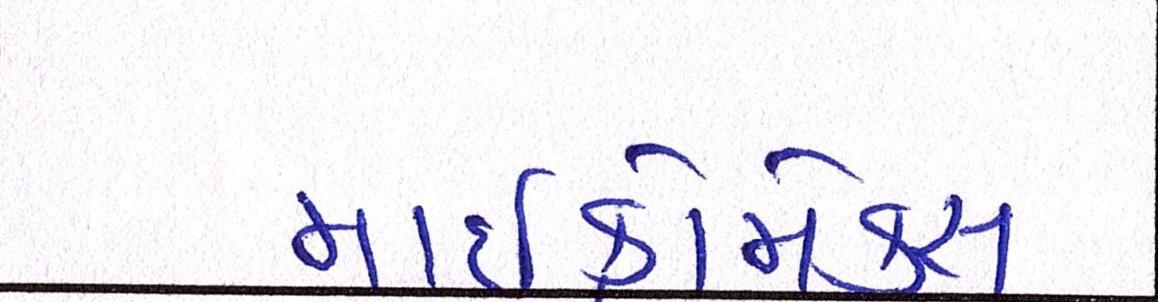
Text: માઈક્રોમેક્સે